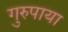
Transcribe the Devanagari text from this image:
गुरुपाया